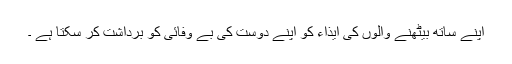
اپنے ساتھ بیٹھنے والوں کی ایذاء کو اپنے دوست کی بے وفائی کو برداشت کر سکتا ہے ۔